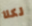
لكلا